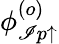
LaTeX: \phi_{\mathscr{I}p\uparrow}^{(o)}